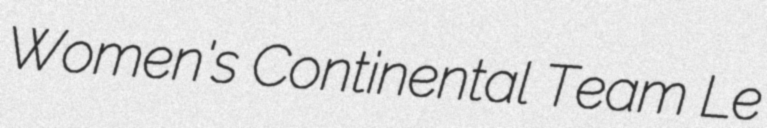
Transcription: Women's Continental Team Le